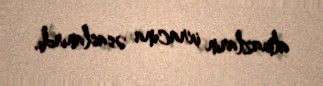
almazların ixracına əsaslanırdı.